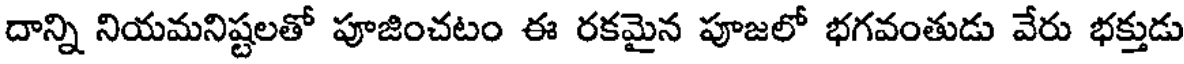
దాన్ని నియమనిష్టలతో పూజించటం ఈ రకమైన పూజలో భగవంతుడు వేరు భక్తుడు